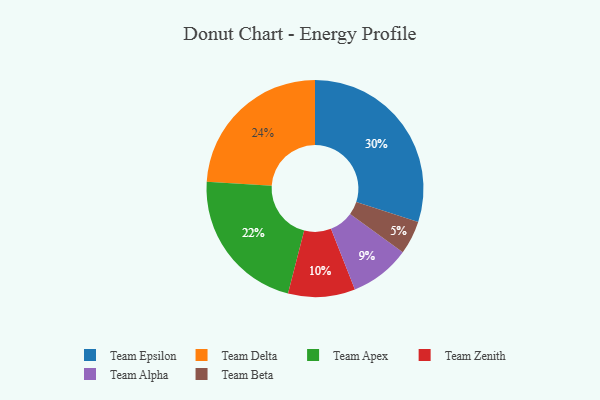
{"axis": {"x": "Category", "y": "Percentage"}, "legend": ["Team Alpha", "Team Apex", "Team Beta", "Team Delta", "Team Epsilon", "Team Zenith"], "data": [{"x": "Team Delta", "y": 24, "type": "Team Delta"}, {"x": "Team Epsilon", "y": 30, "type": "Team Epsilon"}, {"x": "Team Apex", "y": 22, "type": "Team Apex"}, {"x": "Team Zenith", "y": 10, "type": "Team Zenith"}, {"x": "Team Beta", "y": 5, "type": "Team Beta"}, {"x": "Team Alpha", "y": 9, "type": "Team Alpha"}]}